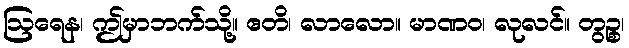
ဩရေန၊ ဤမှာဘက်သို့။ ဧတိ၊ လာလော။ မာဏဝ၊ လုလင်။ တွဉ္စ၊